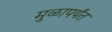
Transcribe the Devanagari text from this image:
मुळापर्यंत